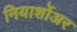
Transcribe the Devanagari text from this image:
नियार्शोअर